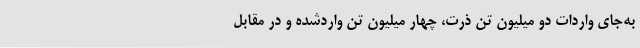
به‌جای واردات دو میلیون تن ذرت، چهار میلیون تن واردشده و در مقابل